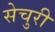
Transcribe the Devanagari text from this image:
सेचुरी